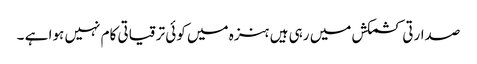
صدارتی کشمکش میں رہی ہیں ہنزہ میں کوئی ترقیاتی کام نہیں ہوا ہے ۔